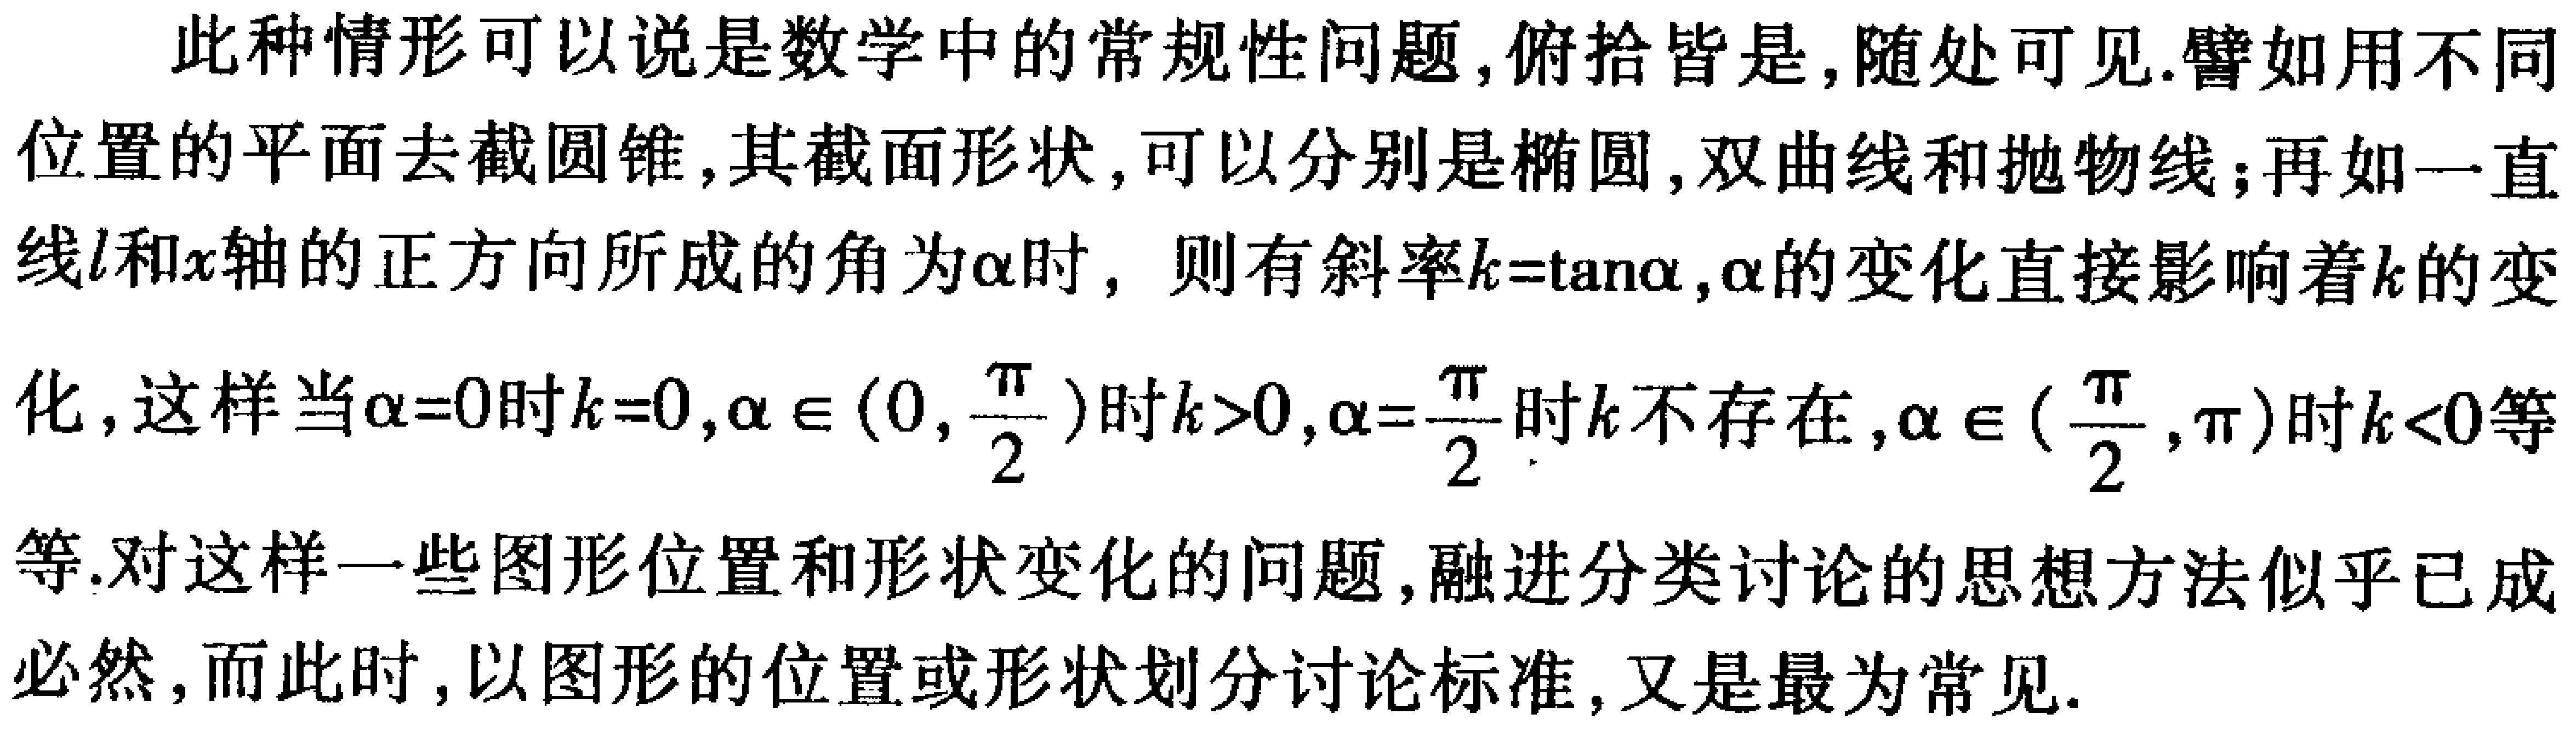
此种情形可以说是数学中的常规性问题,俯拾皆是,随处可见.譬如用不同位置的平面去截圆锥,其截面形状,可以分别是椭圆,双曲线和抛物线；再如一直线\(l\)和\(x\)轴的正方向所成的角为\(\alpha\)时，则有斜率\(k = \tan\alpha\)，\(\alpha\)的变化直接影响着\(k\)的变化，这样当\(\alpha = 0\)时\(k = 0\)，\(\alpha\in(0,\frac{\pi}{2})\)时\(k>0\)，\(\alpha=\frac{\pi}{2}\)时\(k\)不存在，\(\alpha\in(\frac{\pi}{2},\pi)\)时\(k<0\)等等.对这样一些图形位置和形状变化的问题,融进分类讨论的思想方法似乎已成必然，而此时，以图形的位置或形状划分讨论标准，又是最为常见.